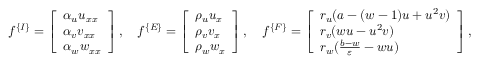
\begin{array} { r } { f ^ { \{ I \} } = \left[ \begin{array} { l } { \alpha _ { u } u _ { x x } } \\ { \alpha _ { v } v _ { x x } } \\ { \alpha _ { w } w _ { x x } } \end{array} \right] , \quad f ^ { \{ E \} } = \left[ \begin{array} { l } { \rho _ { u } u _ { x } } \\ { \rho _ { v } v _ { x } } \\ { \rho _ { w } w _ { x } } \end{array} \right] , \quad f ^ { \{ F \} } = \left[ \begin{array} { l } { r _ { u } ( a - ( w - 1 ) u + u ^ { 2 } v ) } \\ { r _ { v } ( w u - u ^ { 2 } v ) } \\ { r _ { w } ( \frac { b - w } { \varepsilon } - w u ) } \end{array} \right] , } \end{array}